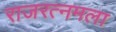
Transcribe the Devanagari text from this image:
राजरत्नमला